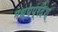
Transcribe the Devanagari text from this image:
मध्यप्रदेश्